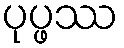
ပုပ္ဖဿ